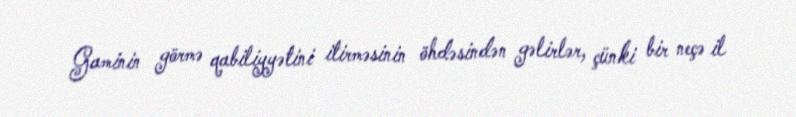
Gaminin görmə qabiliyyətini itirməsinin öhdəsindən gəlirlər, çünki bir neçə il